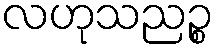
လဟုသညဉ္စ